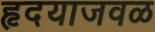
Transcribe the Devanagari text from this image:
हृदयाजवळ